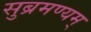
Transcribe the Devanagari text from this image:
सुब्रमण्यम्